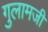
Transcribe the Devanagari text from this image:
गुलामजी